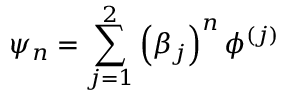
\psi _ { n } = \sum _ { j = 1 } ^ { 2 } \left( \beta _ { j } \right) ^ { n } \phi ^ { \left( j \right) }